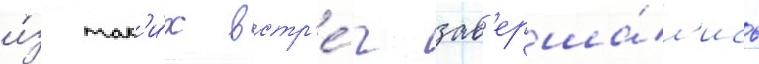
и́з так'и́х встр'е́ч зав'ерша́л'ись